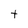
Character: t